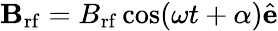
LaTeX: \mathbf{B}_{\mathrm{rf}}=B_{\mathrm{rf}}\cos(\omega t+\alpha)\hat{\mathbf{e}}